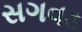
સગવડ